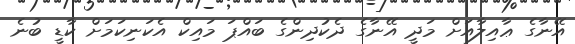
އޭނާގެ ޢާއިލާއަށް މަދީ އޭނާގެ ދެކުދިންގެ ބައްޕަ މައިކް އެކަނިކަމަށް ކާޑީ ބުނެ